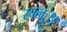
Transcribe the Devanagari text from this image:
खलः।।